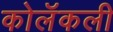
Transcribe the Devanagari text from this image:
कोलॅकली